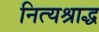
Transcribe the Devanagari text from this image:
नित्यश्राद्ध